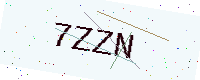
Text: 7ZZN